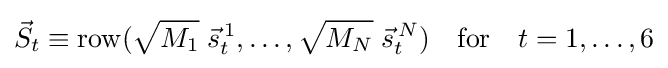
{\vec {S}}_{t}\equiv \operatorname {row} ({\sqrt {M_{1}}}\;{\vec {s}}_{t}^{\,1},\ldots ,{\sqrt {M_{N}}}\;{\vec {s}}_{t}^{\,N})\quad \mathrm {for} \quad t=1,\ldots ,6